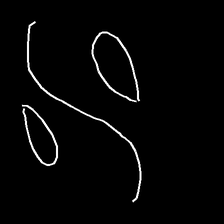
Glyph: water